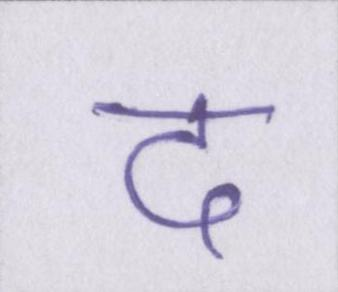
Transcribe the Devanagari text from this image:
द